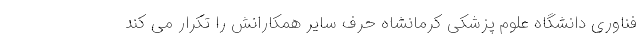
فناوری دانشگاه علوم پزشکی کرمانشاه حرف سایر همکارانش را تکرار می کند